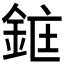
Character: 𫒜